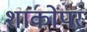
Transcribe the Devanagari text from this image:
शाकोंपर